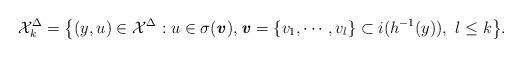
LaTeX: \begin{align*}\mathcal{X}_k^{\Delta}=\big\{(y,u)\in \mathcal{X}^{\Delta}:u \in\sigma (\textbf{\textit{v}}),\textbf{\textit{v}}=\{v_1,\cdots ,v_l\}\subset i(h^{-1}(y)),\ l\leq k\big\}.\end{align*}